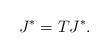
LaTeX: \begin{align*}J^{*} = T J^{*}. \end{align*}